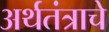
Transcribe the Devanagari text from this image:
अर्थतंत्राचे